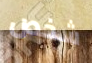
شخص